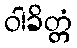
ဝါခိတ္တံ